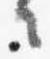
々